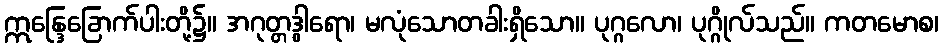
ဣန္ဒြေခြောက်ပါးတို့၌။ အဂုတ္တဒွါရော၊ မလုံသောတခါးရှိသော။ ပုဂ္ဂလော၊ ပုဂ္ဂိုလ်သည်။ ကတမောစ၊